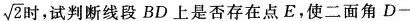
\sqrt{2} 时，试判断线段BD上是否存在点E，使二面角D-